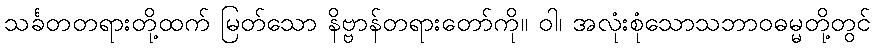
သင်္ခတတရားတို့ထက် မြတ်သော နိဗ္ဗာန်တရားတော်ကို။ ဝါ၊ အလုံးစုံသောသဘာဝဓမ္မတို့တွင်